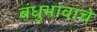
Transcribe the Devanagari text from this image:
बंधुभावाचे